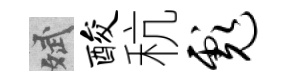
斌酸秔彪